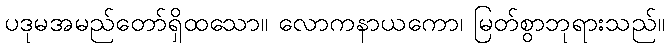
ပဒုမအမည်တော်ရှိထသော။ လောကနာယကော၊ မြတ်စွာဘုရားသည်။